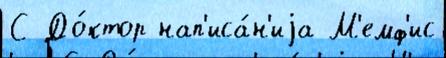
С До́ктор нап'иса́н'иjа М'емф'ис